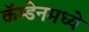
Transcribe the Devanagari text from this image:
कॅम्डेनमध्ये